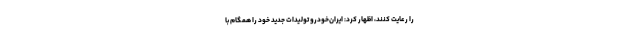
را رعایت کنند، اظهار کرد: ایران‌خودرو تولیدات جدید خود را همگام با